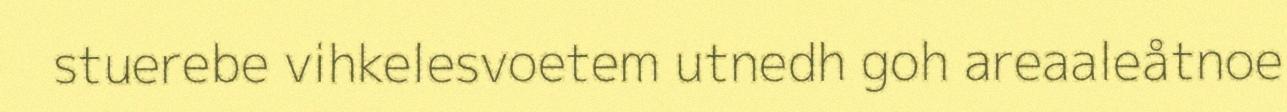
stuerebe vihkelesvoetem utnedh goh areaaleåtnoe